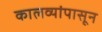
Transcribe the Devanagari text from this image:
कालव्यांपासून